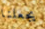
يجعلنا